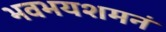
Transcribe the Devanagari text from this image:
भवभयशमनं